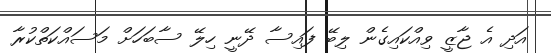
އަދި އެ ޖާޒީ ވިއްކައިގެން ލިބޭ ފައިސާ ދޭނީ ހިލޭ ސާބަހަށް މަސައްކަތްކުރާ